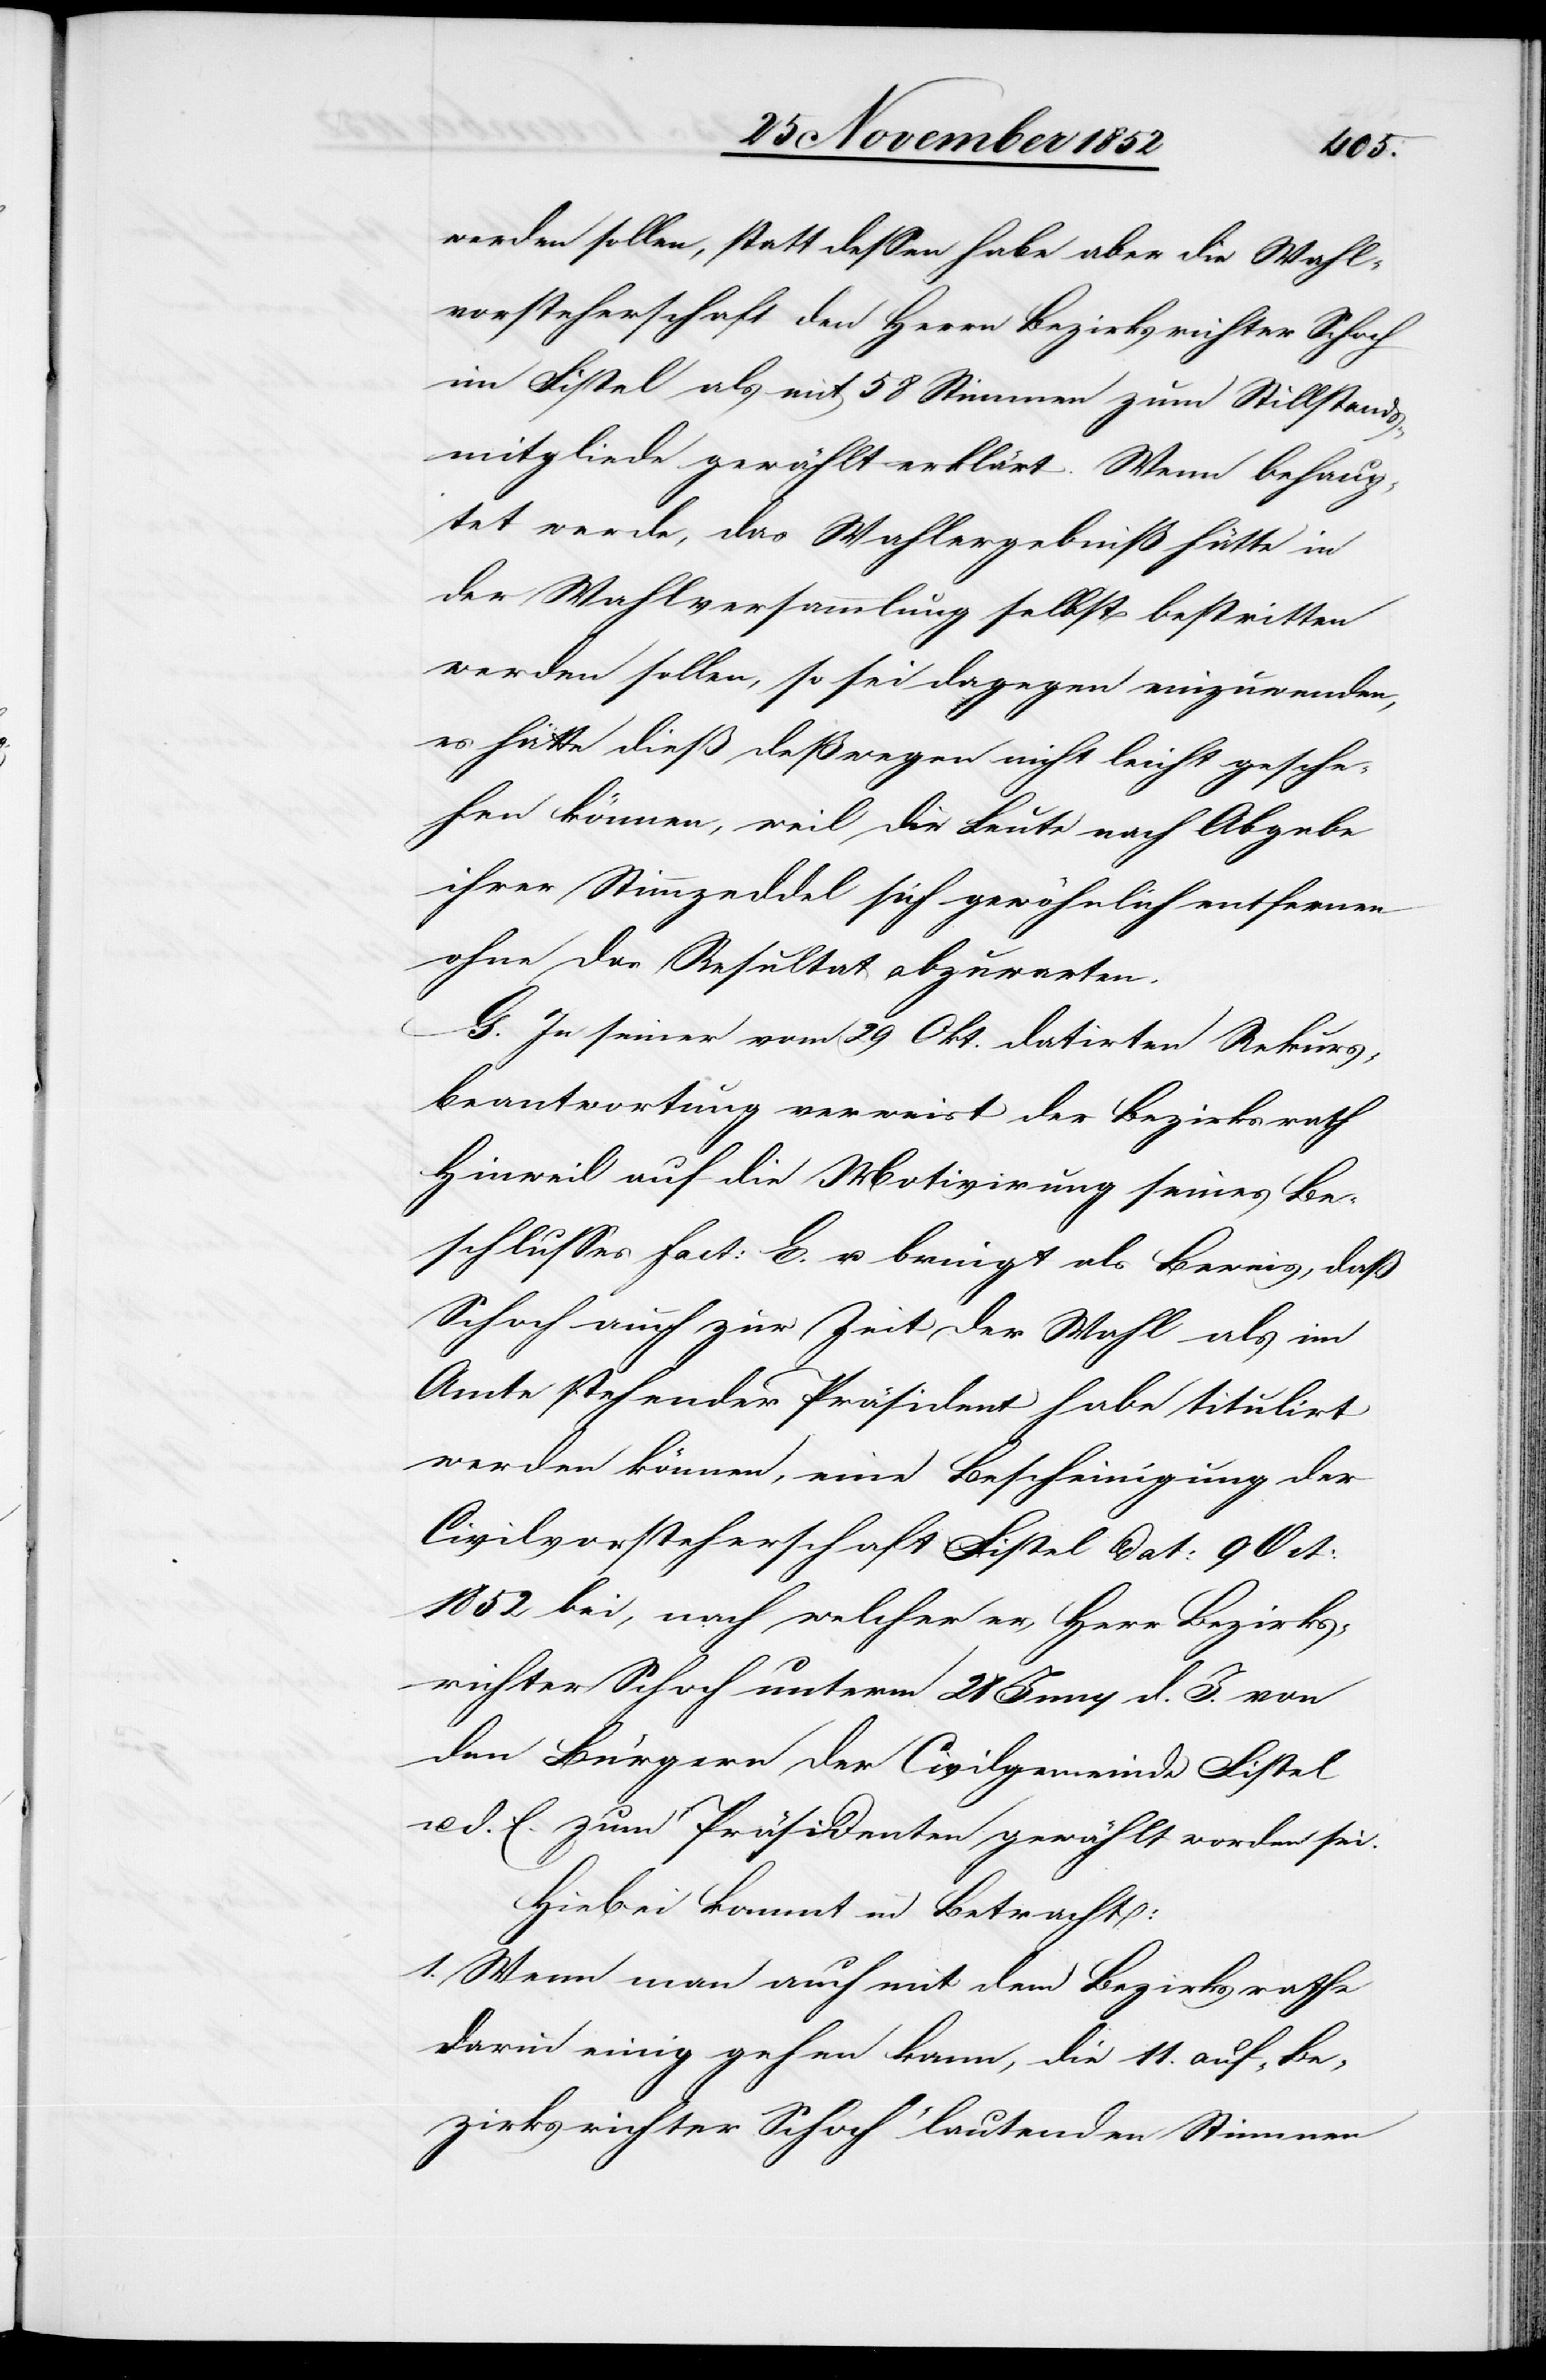
werden sollen, statt dessen habe aber die Wahl¬
vorsteherschaft den Herrn Bezirksrichter Schoch
im Fistel als mit 58 Stimmen zum Stillstands¬
mitgliede gewählt erklärt. Wenn behaup¬
tet werde, das Wahlergebniß hätte in
der Wahlversammlung selbst bestritten
werden sollen, so sei dagegen einzuwenden,
es hätte dieß deßwegen nicht leicht gesche¬
hen können, weil die Leute nach Abgabe
ihrer Stimmzeddel sich gewöhnlich entfernen
ohne das Resultat abzuwarten.
G. In seiner vom 29 Okt. datirten Rekurs¬
beantwortung verweist der Bezirksrath
Hinweil auf die Motivirung seines Be¬
schlusses Fact: E. u. bringt als Beweis, daß
Schoch auch zur Zeit der Wahl als im
Amte stehender Präsident habe titulirt
werden können, eine Bescheinigung der
Civilvorsteherschaft Fistel dat: 9 Oct:
1852 bei, nach welcher er, Herr Bezirks¬
richter Schoch unterm 28 Juny d. J. von
den Bürgern der Civilgemeinde Fistel
u. d. E. zum Präsidenten gewählt worden sei.
Hiebei kommt in Betracht:
1. Wenn man auch mit dem Bezirksrathe
darin einig gehen kann, [daß] die 11. auf „Be¬
zirksrichter Schoch“ lautenden Stimmen